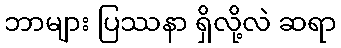
ဘာများ ပြဿနာ ရှိလို့လဲ ဆရာ